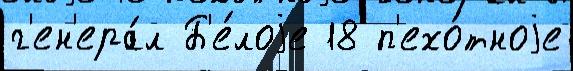
г'ен'ера́л Б'е́лоjе 18 п'ехо́тноjе